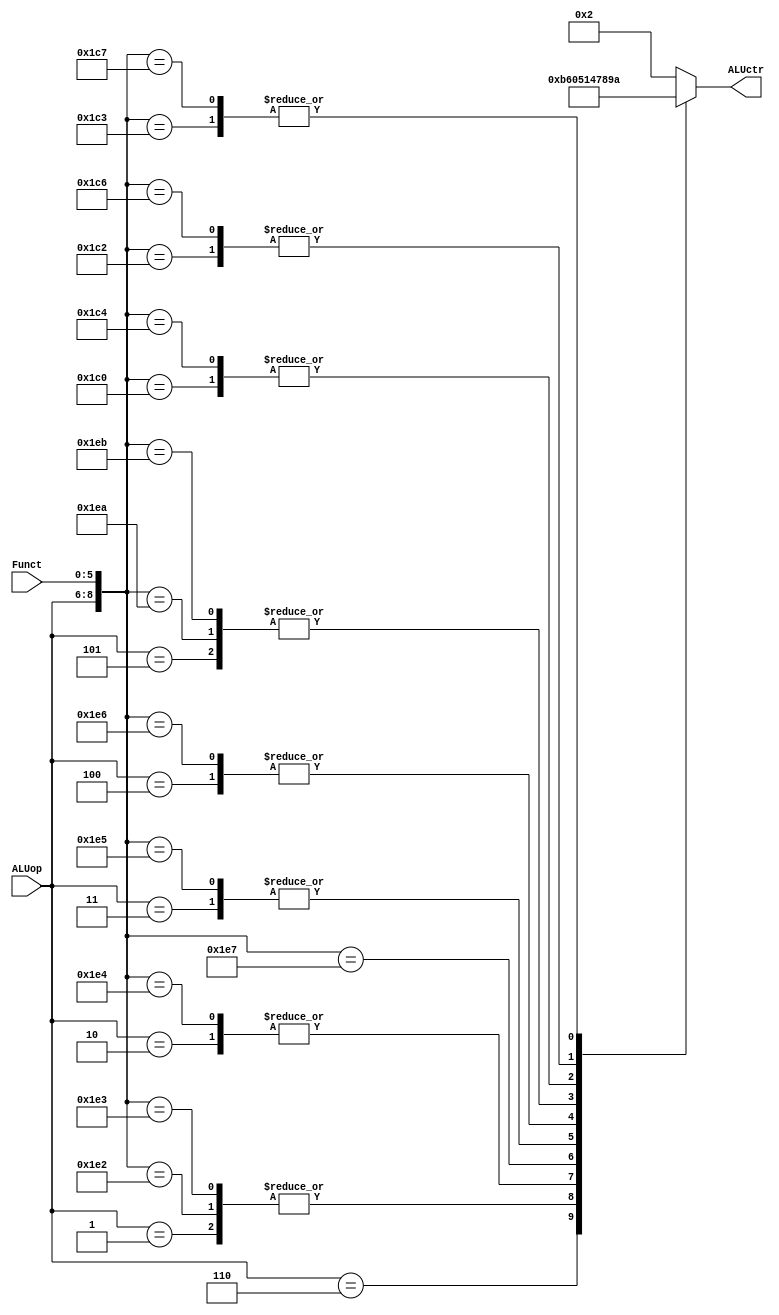
`timescale 1ns / 1ps
//////////////////////////////////////////////////////////////////////////////////
// Company: 
// Engineer: 
// 
// Design Name: 
// Module Name: ALUControl
// Project Name: 
// Target Devices: 
// Tool Versions: 
// Description: 
// 
// Dependencies: 
// 
// Revision:
// Revision 0.01 - File Created
// Additional Comments:
// 
//////////////////////////////////////////////////////////////////////////////////


module ALUControl(
    input [2: 0] ALUop,
    input [5: 0] Funct,
    output reg [3: 0] ALUctr
    );

    always @(ALUop or Funct) begin
        casex ({ALUop, Funct})  // 3 + 6 = 9 bits
            // I or J type
            9'b000_xxxxxx: ALUctr = 4'b0010; // add
            9'b001_xxxxxx: ALUctr = 4'b0110; // sub
            9'b010_xxxxxx: ALUctr = 4'b0000; // and
            9'b011_xxxxxx: ALUctr = 4'b0001; // or
            9'b100_xxxxxx: ALUctr = 4'b0100; // xor
            9'b101_xxxxxx: ALUctr = 4'b0111; // slt
            9'b110_xxxxxx: ALUctr = 4'b1011; // lui
            // R type
            9'b111_100000: ALUctr = 4'b0010; // add
            9'b111_100001: ALUctr = 4'b0010; // addu
            9'b111_100010: ALUctr = 4'b0110; // sub
            9'b111_100011: ALUctr = 4'b0110; //subu
            9'b111_100100: ALUctr = 4'b0000; // and
            9'b111_100111: ALUctr = 4'b0101; // nor
            9'b111_100101: ALUctr = 4'b0001; // or
            9'b111_100110: ALUctr = 4'b0100; // xor
            9'b111_101010: ALUctr = 4'b0111; // slt
            9'b111_101011: ALUctr = 4'b0111; // sltu
            9'b111_000000: ALUctr = 4'b1000; // sll
            9'b111_000010: ALUctr = 4'b1001; // srl
            9'b111_000011: ALUctr = 4'b1010; // sra
            9'b111_000100: ALUctr = 4'b1000; // sllv
            9'b111_000110: ALUctr = 4'b1001; // srlv
            9'b111_000111: ALUctr = 4'b1010; // srav       
            
            // 9'b111_011000: ALUctr = 4'b1011; // mult
            // 9'b111_011010: ALUctr = 4'b1100; // div
    
            default:       ALUctr = 4'b0010;
        endcase
    end 
endmodule